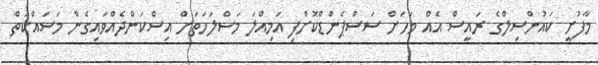
މާފުށީ ކައުންސިލްގެ ރައީސް އެއް މަހަށް ސަސްޕެންޑްކޮށްފި އަމިއްލަ މަސްލަހަތަށް އިސްކަންދެއްވައިގެން މަސައްކަތް